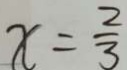
x = \frac { 2 } { 3 }